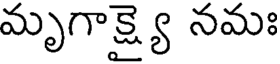
మృగాక్ష్యై నమః